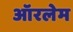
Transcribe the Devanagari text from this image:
ऑरलेम